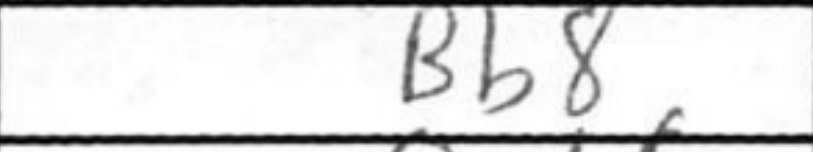
Transcription: Bb8